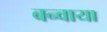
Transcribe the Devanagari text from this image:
बन्वाया